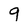
Character: 9